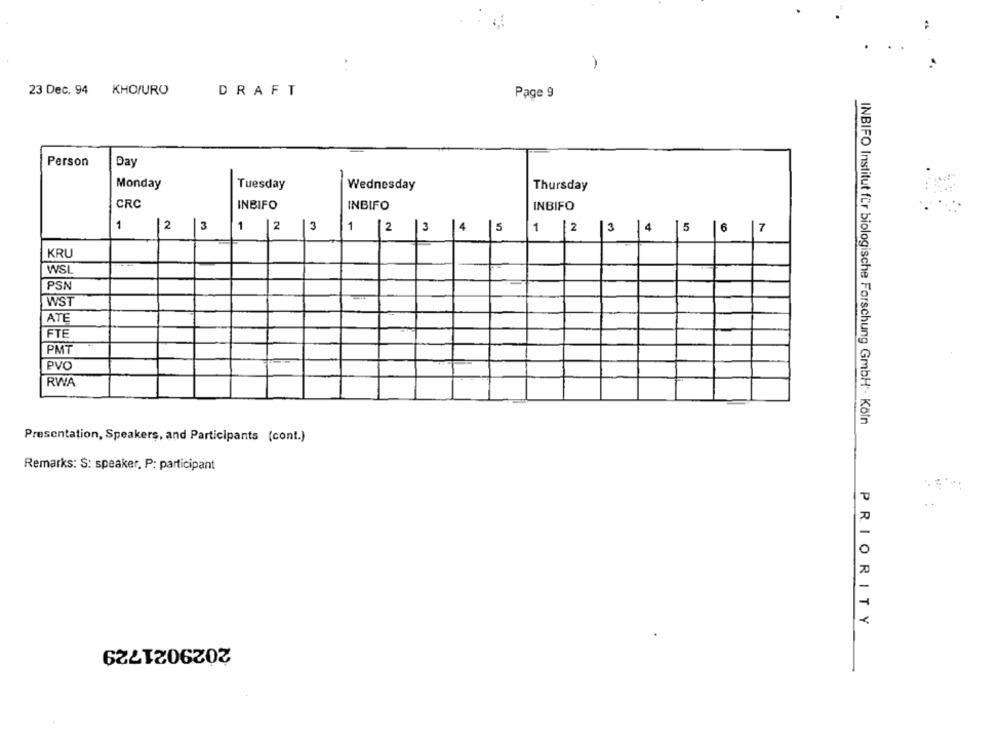
-
23 Dec. 94
KHOPURO
DRAFT
Page 9
Person
Day
Monday
Tuesday
Wednesday
Thursday
CRC
INBIFO
INBIFO
INBIFO
1
2
3
1 |2 |3|1 |2 |3
14
1
3
4
5
6
7
KRU
WSL
PSN
WST
ATE
FTE
PMT
PVO
RWA
INBIFO Institut für biologische Forschung GmbH · Köln
Presentation, Speakers, and Participants (cont.)
Remarks: S: speaker, P: participant
PRIORITY
2029021729